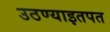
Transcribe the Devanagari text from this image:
उठण्याइतपत